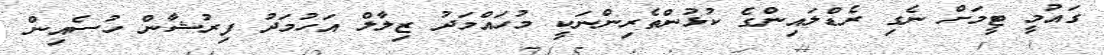
ގައުމީ ޓީމަށް ނެގި ރެޑްލައިންގެ ކުޅުންތެރިންނަކީ މުހައްމަދު ޒިލާލް އަހުމަދު ފިރުޝާން ހުސެއިން